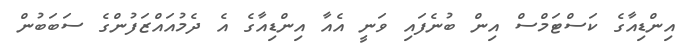
އިންޑިއާގެ ކަސްޓަމްސް އިން ބުނެފައި ވަނީ އެއާ އިންޑިއާގެ އެ ދެމުއައްޒަފުންގެ ސަބަބުން